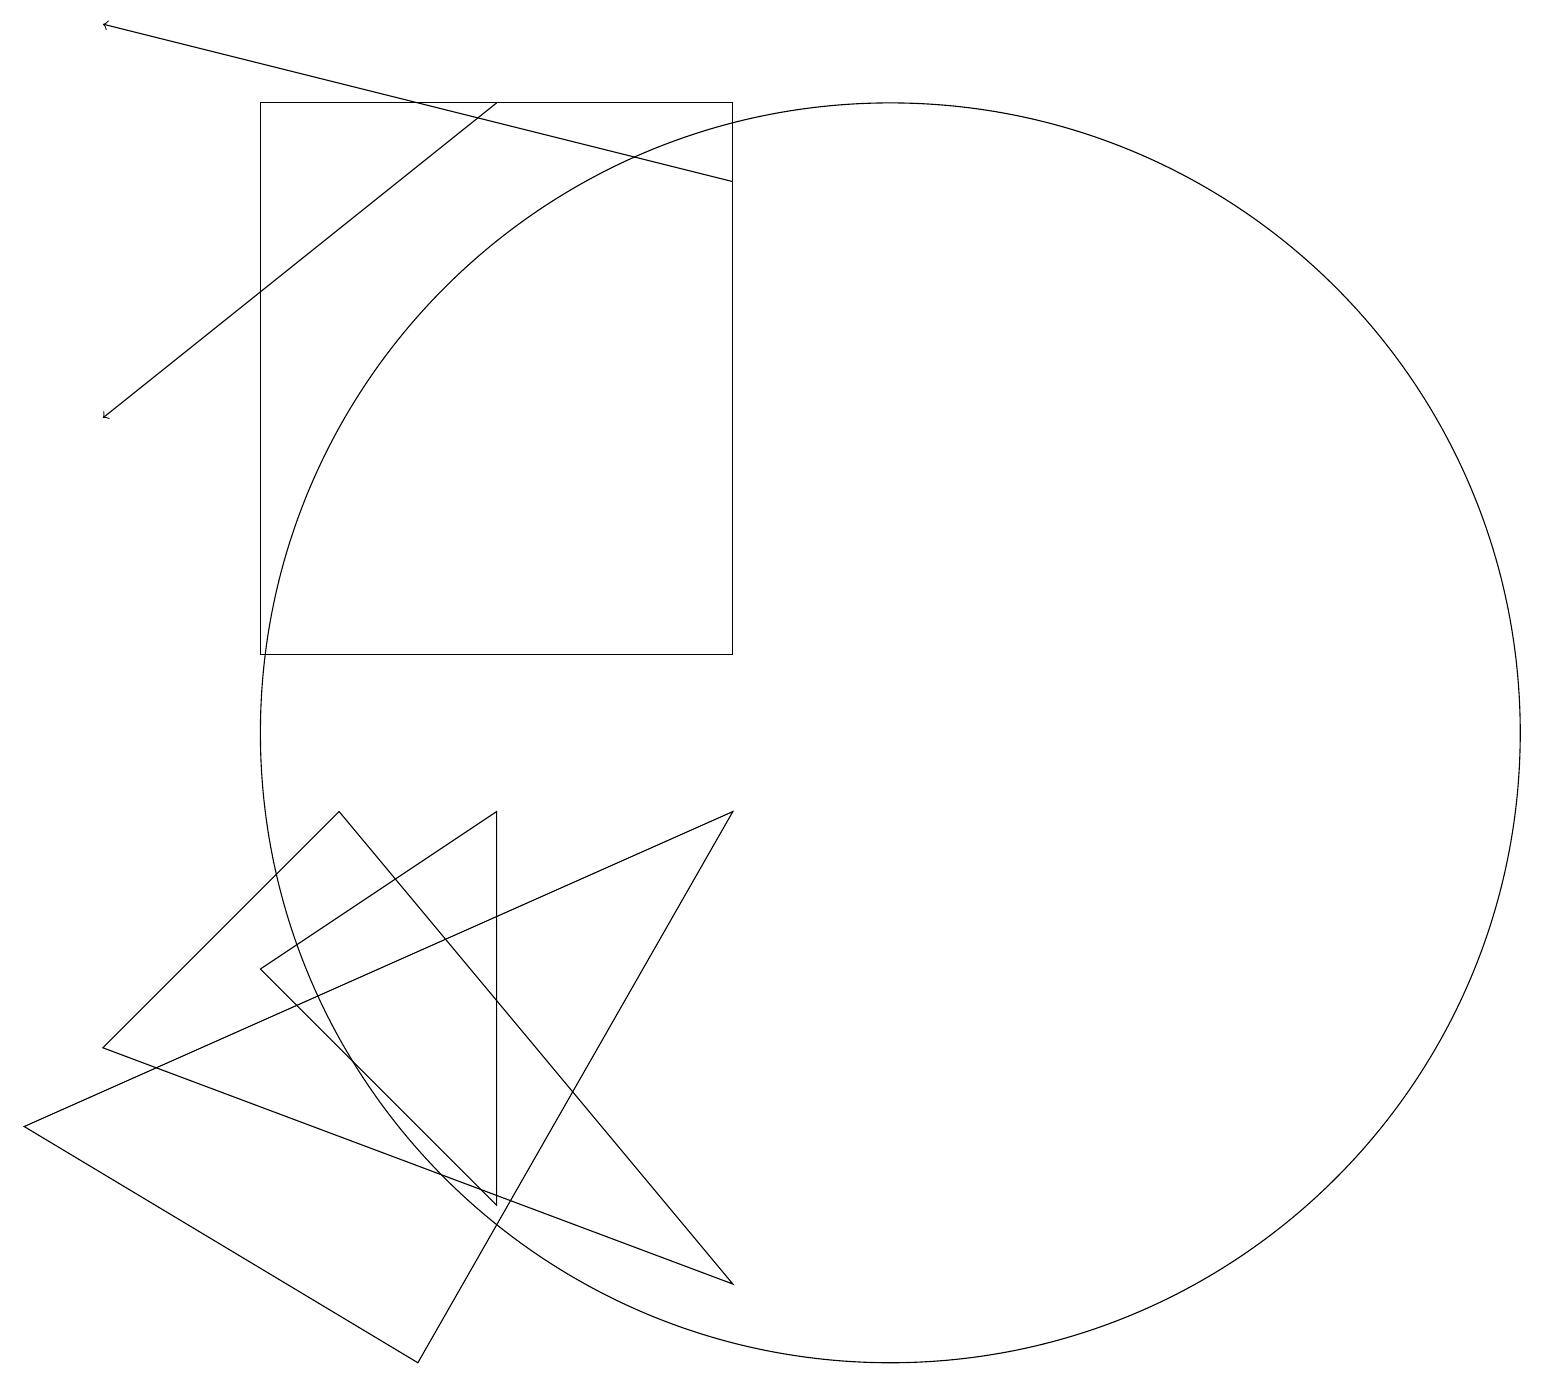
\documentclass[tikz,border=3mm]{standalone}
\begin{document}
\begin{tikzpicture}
\draw (11,10) circle (8);
\draw[->] (9,17) -- (1,19);
\draw (3,18) rectangle (9,11);
\draw (1,6) -- (4,9) -- (9,3) -- cycle;
\draw (6,4) -- (3,7) -- (6,9) -- cycle;
\draw (9,9) -- (0,5) -- (5,2) -- cycle;
\draw[->] (6,18) -- (1,14);
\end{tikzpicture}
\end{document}